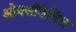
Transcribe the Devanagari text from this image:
ओक्सीडेनिल